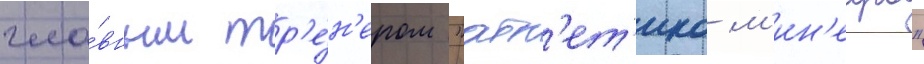
гла́вным тр'е́н'ером "атл'ет'ико м'ин'еиро"